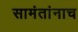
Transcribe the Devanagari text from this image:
सामंतांनाच